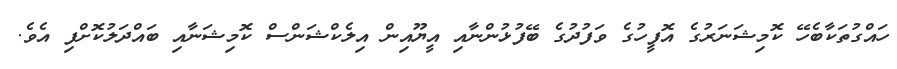
ހައްގުތަކާބެހޭ ކޮމިޝަނަރުގެ އޮފީހުގެ ވަފުދުގެ ބޭފުޅުންނާއި އީޔޫއިން އިލެކްޝަންސް ކޮމިޝަނާއި ބައްދަލުކޮށްފި އެވެ.